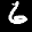
Label: 6